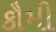
કૌમી